Vaccination in Bombay 1856-1862 - 1856-1862
Year: 1856
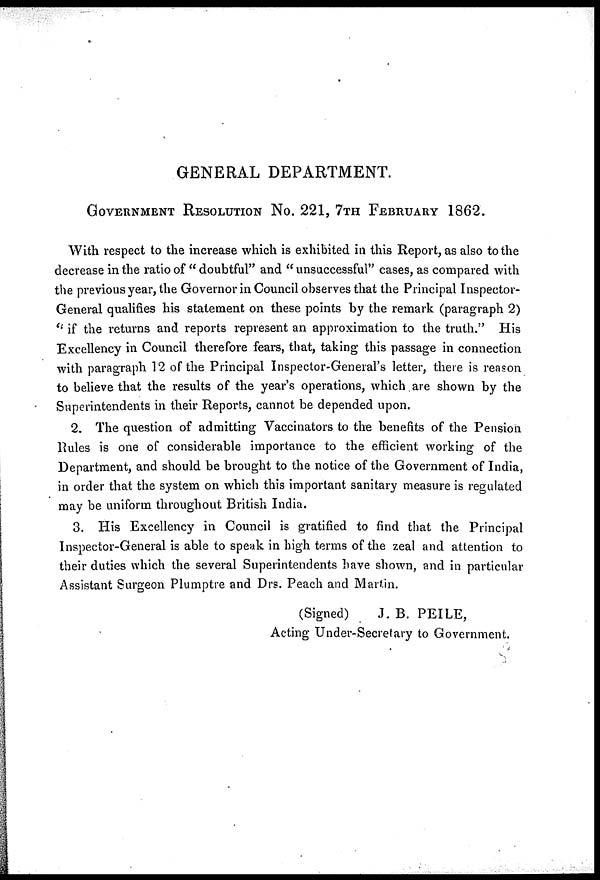
GENERAL DEPARTMENT.
GOVERNMENT RESOLUTION No. 221, 7TH FEBRUARY 1862.
With respect to the increase which is exhibited in this Report, as also to the
decrease in the ratio of " doubtful" and " unsuccessful" cases, as compared with
the previous year, the Governor in Council observes that the Principal Inspector¬
General qualifies his statement on these points by the remark (paragraph 2)
" if the returns and reports represent an approximation to the truth." His
Excellency in Council therefore fears, that, taking this passage in connection
with paragraph 12 of the Principal Inspector-General's letter, there is reason
to believe that the results of the year's operations, which are shown by the
Superintendents in their Reports, cannot be depended upon.
2. The question of admitting Vaccinators to the benefits of the Pension
Rules is one of considerable importance to the efficient working of the
Department, and should be brought to the notice of the Government of India
in order that the system on which this important sanitary measure is regulated
may be uniform throughout British India.
3. His Excellency in Council is gratified to find that the Principal
Inspector-General is able to speak in high terms of the zeal and attention to
their duties which the several Superintendents have shown, and in particular
Assistant Surgeon Plumptre and Drs. Peach and Martin.
(Signed)
J. B. PEILE,
Acting Under-Secretary to Government.